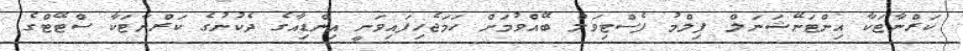
ކަރްނާޓަކާ އިންޓަނޭޝަނަލް ފިލްމު ފެސްޓިވަލް ބޭއްވުމަށް ހަމަޖެހިފައިވަނީ އިންޑިއާގެ ދެކުނުގެ ކަރްނާޓަކާ ސްޓޭޓްގެ